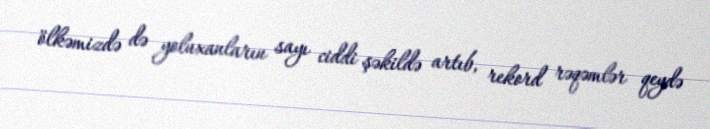
ölkəmizdə də yoluxanların sayı ciddi şəkildə artıb, rekord rəqəmlər qeydə